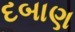
દબાણ